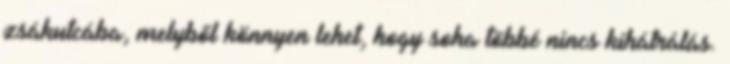
zsák­utcába, melyből könnyen lehet, hogy soha többé nincs kihátrálás.